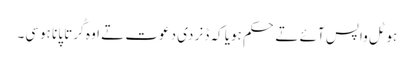
ہوٹل واپس آئے تے حکم ہویا کہ ڈنر دی دعوت تے اوہ کُرتا پانا ہوسی۔